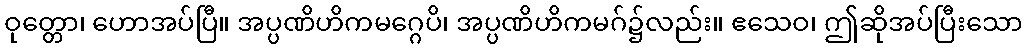
ဝုတ္တော၊ ဟောအပ်ပြီ။ အပ္ပဏိဟိကမဂ္ဂေပိ၊ အပ္ပဏိဟိကမဂ်၌လည်း။ ဧသေဝ၊ ဤဆိုအပ်ပြီးသော